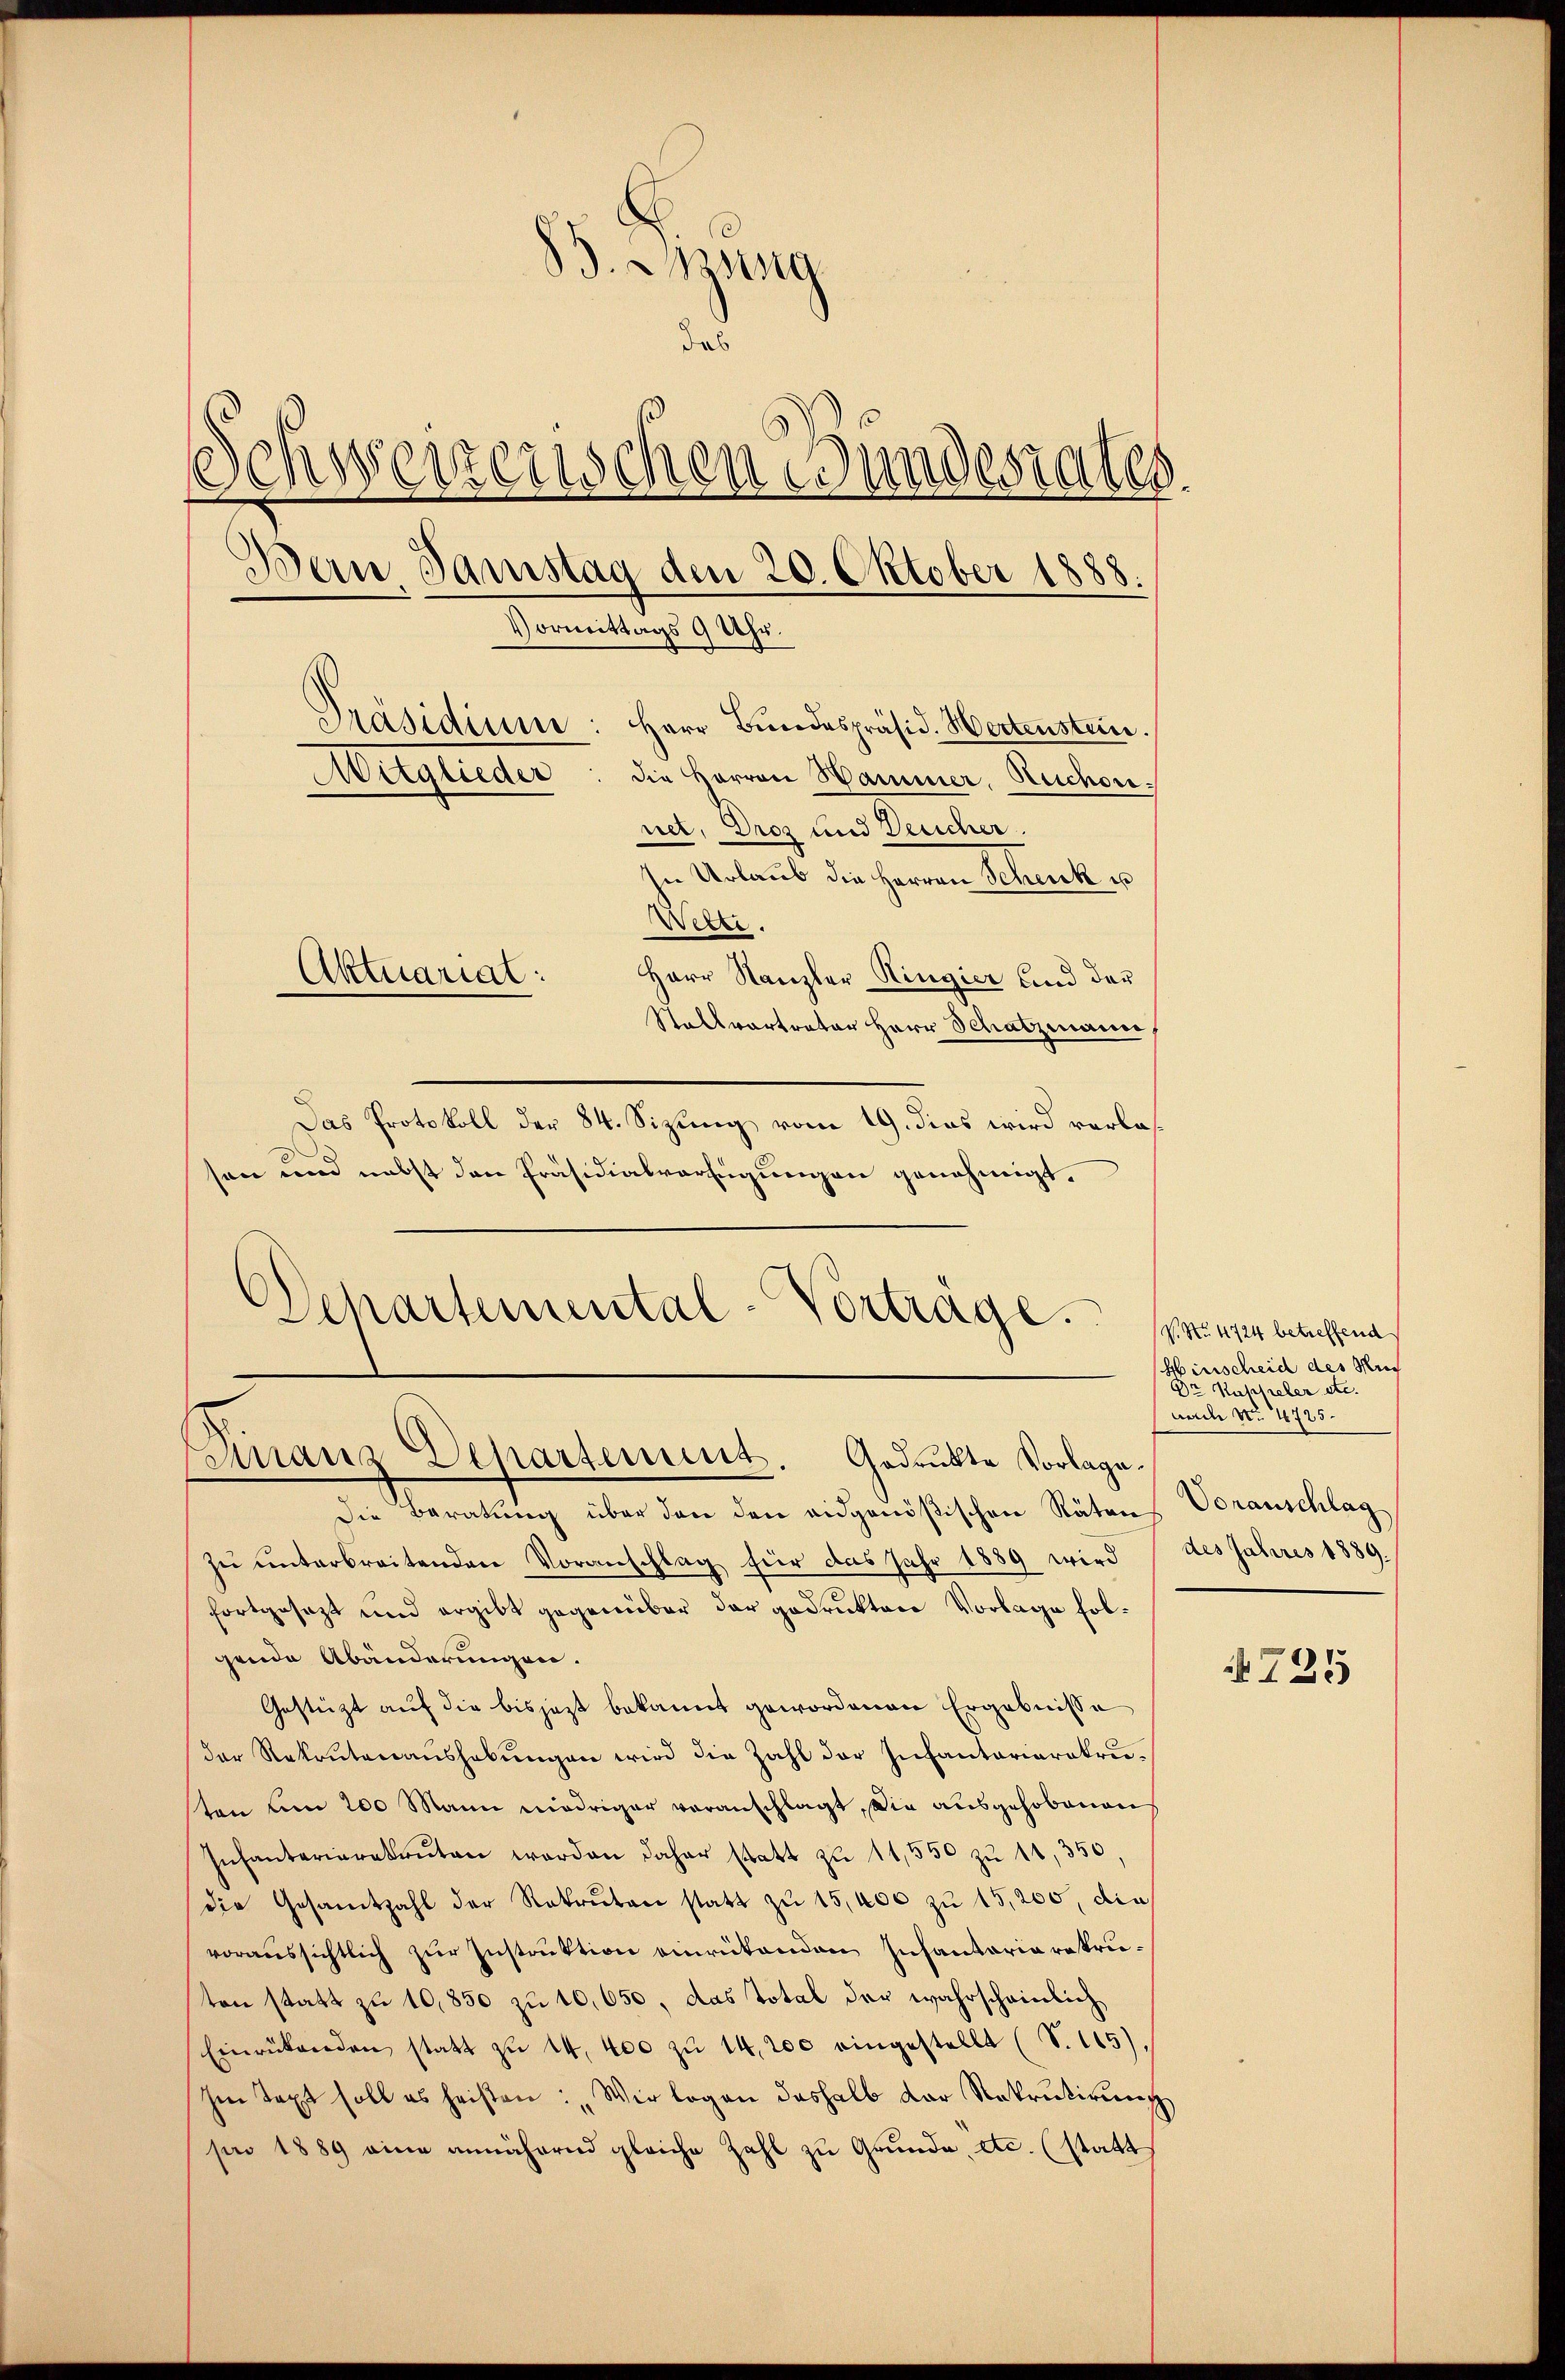
Das Protokoll der 84. Sizung vom 19. dies wird verlassen und nebst den Präsidialverfügungen genehmigt.
Departemental-Vorträge.

B. Apsing
das
schweizerischen Wundesrates
Ban, Samstag den 20. Oktober 1888.
Vormittags 9 Uhr.
Präsidium: Herr Bŭndespräsid. Hertenstein.
Mitglieder: die Herren Hammer, Ruchornet. Droz und Deucher.
In Urlaub die Herren Schenk u
Welti.
Aktuariat :
Herr Kanzler Ringier sind der
Stallvertrator Herr Schatzmann

Finanz Departement. Gadrukte Vorlage.

Die Beratung über den den eidgenößischen Räten Voranschlag
zŭ ŭnterbreitenden Voranschlag für das Jahr 1889 wird 7 des Jahres 1889.
fortgesezt und ergibt gegenüber der gedrukten Vorlage folgende Abänderungen.
Gestützt auf die bisjetzt bekannt gewordenen Ergebnisse
der Rekrutenaŭshabŭngen wird die Zahl der Infantariarekrusten um 200 Mann niedriger voranschlagt, die ausgehobenen
Infanterierekŭten werden daher statt zŭ 11,550 zŭ 11, 350
die Gesamtzahl der Rekruten statt zŭ 15,000 zŭ 15,200, die
voraussichtlich zur Instruktion einreitenden Infantaria reprieten statt zu 10,850 zu 10,650, das Total der wahrscheinlich
Einrükenden statt zŭ 14. 400 zŭ 14,200 eingestellt (S. 115).
Im Text soll es heisten: „Wir logen deshalb der Rekrutirŭng
see 1889 eine annähernd gleiche Zahl zu Grunde, etc. (statt

P. Nr. 4724 betreffend
Hinscheid des Rech
Dr Kasseler etc.
Aad No. 4725.

§ 725